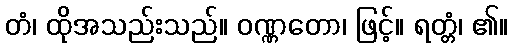
တံ၊ ထိုအသည်းသည်။ ဝဏ္ဏတော၊ ဖြင့်။ ရတ္တံ၊ ၏။